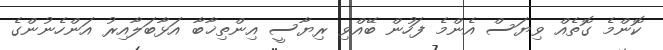
ކޮންމެ ގޮތެއް ވިޔަސް އެންމެ ފަހުން ބޭއްވި ރިޔާސީ އިންތިޚާބާ އަޅާބަލާއިރު އަންހެނުންގެ